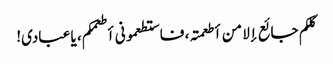
کلکم جائع إلا من أطعمتہ، فاستطعمونی أطعمکم، یا عبادی!